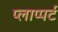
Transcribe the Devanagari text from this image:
प्लाप्पर्ट